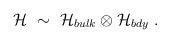
LaTeX: \begin{align*}{\cal H} ~\sim~ {\cal H}_{bulk} \otimes {\cal H}_{bdy}~.\end{align*}